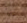
كنت